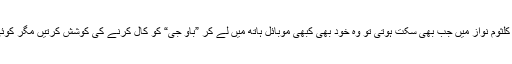
آخری دنوں میں کلثوم نواز میں جب بھی سکت ہوتی تو وہ خود بھی کبھی موبائل ہاتھ میں لے کر ”باؤ جی“ کو کال کرنے کی کوشش کرتیں مگر کوئی جواب نہیں آتا۔